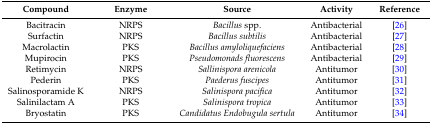
<table><thead><tr><td><b>Compound</b></td><td><b>Enzyme</b></td><td><b>Source</b></td><td><b>Activity</b></td><td><b>Reference</b></td></tr></thead><tbody><tr><td>Bacitracin</td><td>NRPS</td><td><i>Bacillus</i> spp.</td><td>Antibacterial</td><td>[26]</td></tr><tr><td>Surfactin</td><td>NRPS</td><td><i>Bacillus subtilis</i></td><td>Antibacterial</td><td>[27]</td></tr><tr><td>Macrolactin</td><td>PKS</td><td><i>Bacillus amyloliquefaciens</i></td><td>Antibacterial</td><td>[28]</td></tr><tr><td>Mupirocin</td><td>PKS</td><td><i>Pseudomonads fluorescens</i></td><td>Antibacterial</td><td>[29]</td></tr><tr><td>Retimycin</td><td>NRPS</td><td><i>Sallinispora arenicola</i></td><td>Antitumor</td><td>[30]</td></tr><tr><td>Pederin</td><td>PKS</td><td><i>Paederus fuscipes</i></td><td>Antitumor</td><td>[31]</td></tr><tr><td>Salinosporamide K</td><td>NRPS</td><td><i>Salinispora pacifica</i></td><td>Antitumor</td><td>[32]</td></tr><tr><td>Salinilactam A</td><td>PKS</td><td><i>Salinispora tropica</i></td><td>Antitumor</td><td>[33]</td></tr><tr><td>Bryostatin</td><td>PKS</td><td><i>Candidatus</i><i>Endobugula sertula</i></td><td>Antitumor</td><td>[34]</td></tr></tbody></table>